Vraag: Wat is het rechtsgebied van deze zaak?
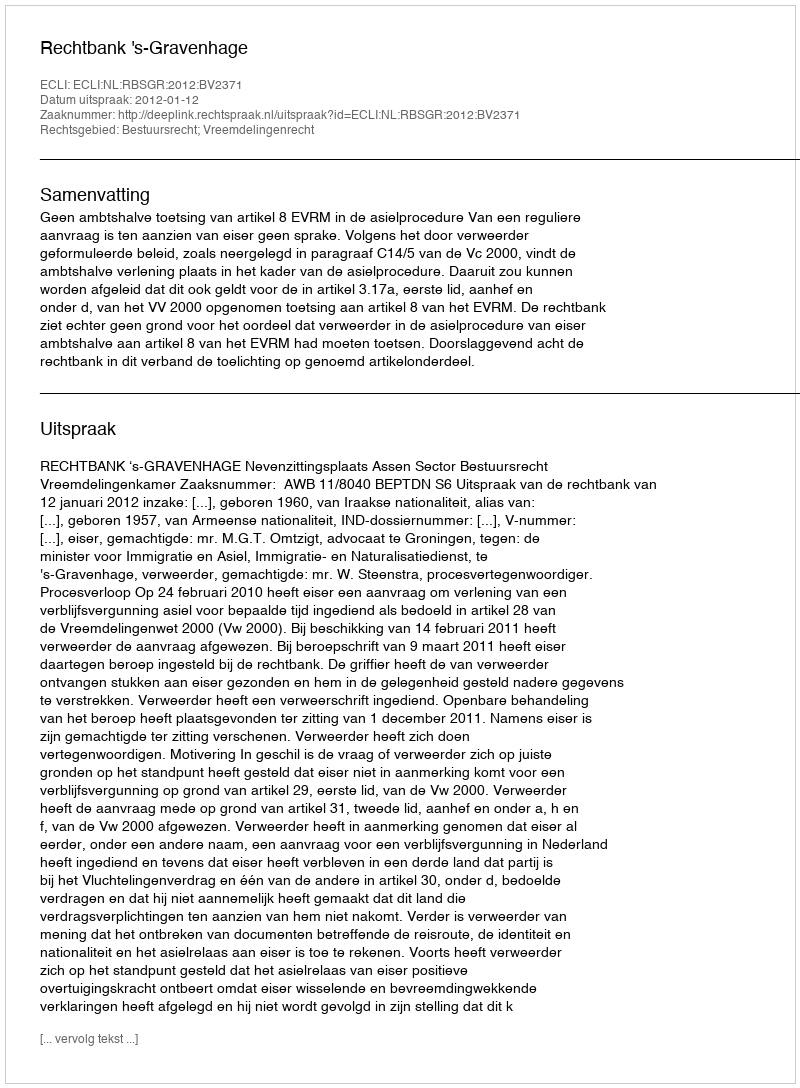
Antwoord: Bestuursrecht; Vreemdelingenrecht